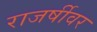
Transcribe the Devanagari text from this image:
राजर्षीवर